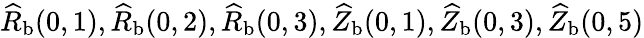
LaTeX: \widehat{R}_{\mathrm{{b}}}(0,1),\widehat{R}_{\mathrm{{b}}}(0,2),\widehat{R}_{\mathrm{{b}}}(0,3),\widehat{Z}_{\mathrm{{b}}}(0,1),\widehat{Z}_{\mathrm{{b}}}(0,3),\widehat{Z}_{\mathrm{{b}}}(0,5)